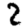
Digit: 2